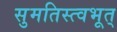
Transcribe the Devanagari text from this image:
सुमतिस्त्वभूत्